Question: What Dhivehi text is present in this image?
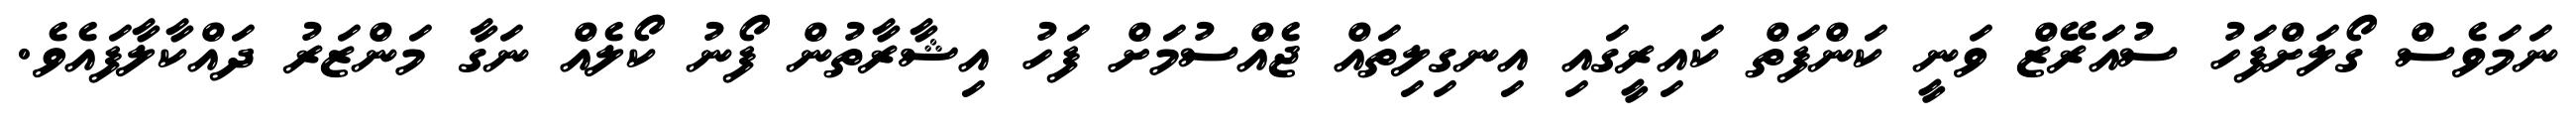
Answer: ނަމަވެސް ގޯލަށްފަހު ސުއަރޭޒް ވަނީ ކަންފަތް ކައިރީގައި އިނގިލިތައް ޖެއްސުމަށް ފަހު އިޝާރާތުން ފޯނު ކޯލެއް ނަގާ މަންޒަރު ދައްކާލާފައެވެ.